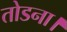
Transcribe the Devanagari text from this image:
तोडना।